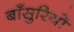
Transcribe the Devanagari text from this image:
बाँसुरियों